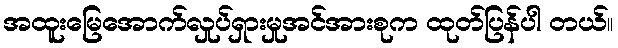
အထူးမြေအောက်လှုပ်ရှားမှုအင်အားစုက ထုတ်ပြန်ပါ တယ်။